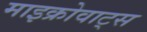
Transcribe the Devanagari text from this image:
माइक्रोवाट्स